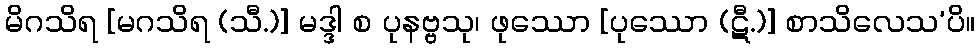
မိဂသိရ [မဂသိရ (သီ.)] မဒ္ဒါ စ ပုနဗ္ဗသု၊ ဖုဿော [ပုဿော (ဋီ.)] စာသိလေသ’ပိ။